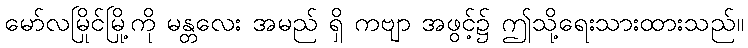
မော်လမြိုင်မြို့ကို မန္တလေး အမည် ရှိ ကဗျာ အဖွင့်၌ ဤသို့ရေးသားထားသည်။